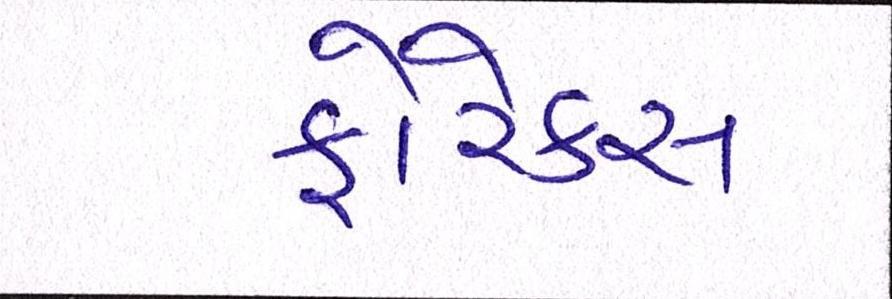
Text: ફોરેક્સ